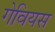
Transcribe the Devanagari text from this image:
गेवियस